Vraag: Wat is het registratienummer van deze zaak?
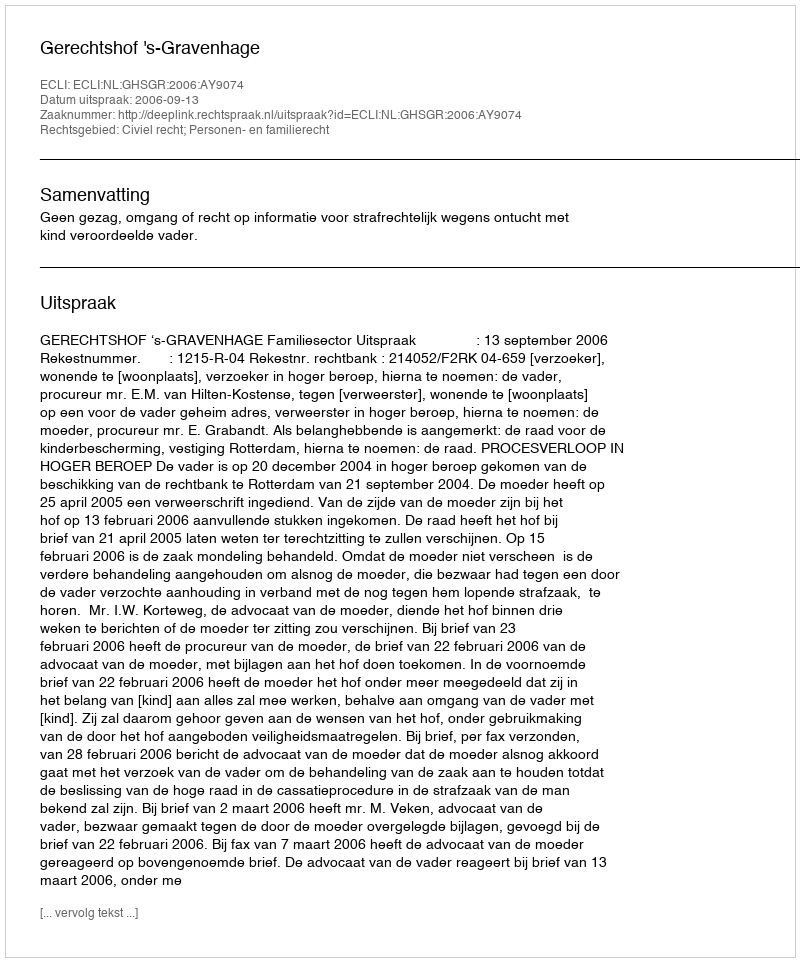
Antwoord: http://deeplink.rechtspraak.nl/uitspraak?id=ECLI:NL:GHSGR:2006:AY9074